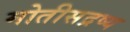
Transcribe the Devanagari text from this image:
मोतीसद्रष्य